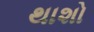
થાશો